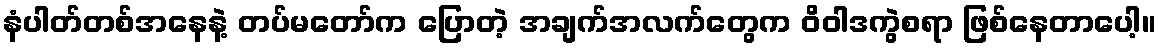
နံပါတ်တစ်အနေနဲ့ တပ်မတော်က ပြောတဲ့ အချက်အလက်တွေက ဝိဝါဒကွဲစရာ ဖြစ်နေတာပေါ့။